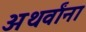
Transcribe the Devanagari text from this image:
अथर्वांना